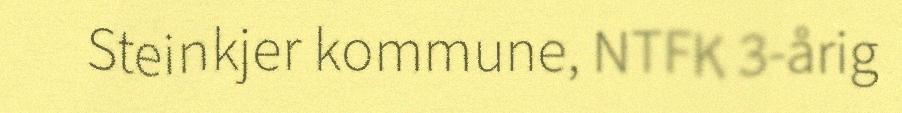
Steinkjer kommune, NTFK 3-årig